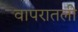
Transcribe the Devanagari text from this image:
वापरातली